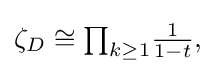
{\textstyle \zeta _{D}\cong \prod _{k\geq 1}\!{\frac {1}{1-t}},}